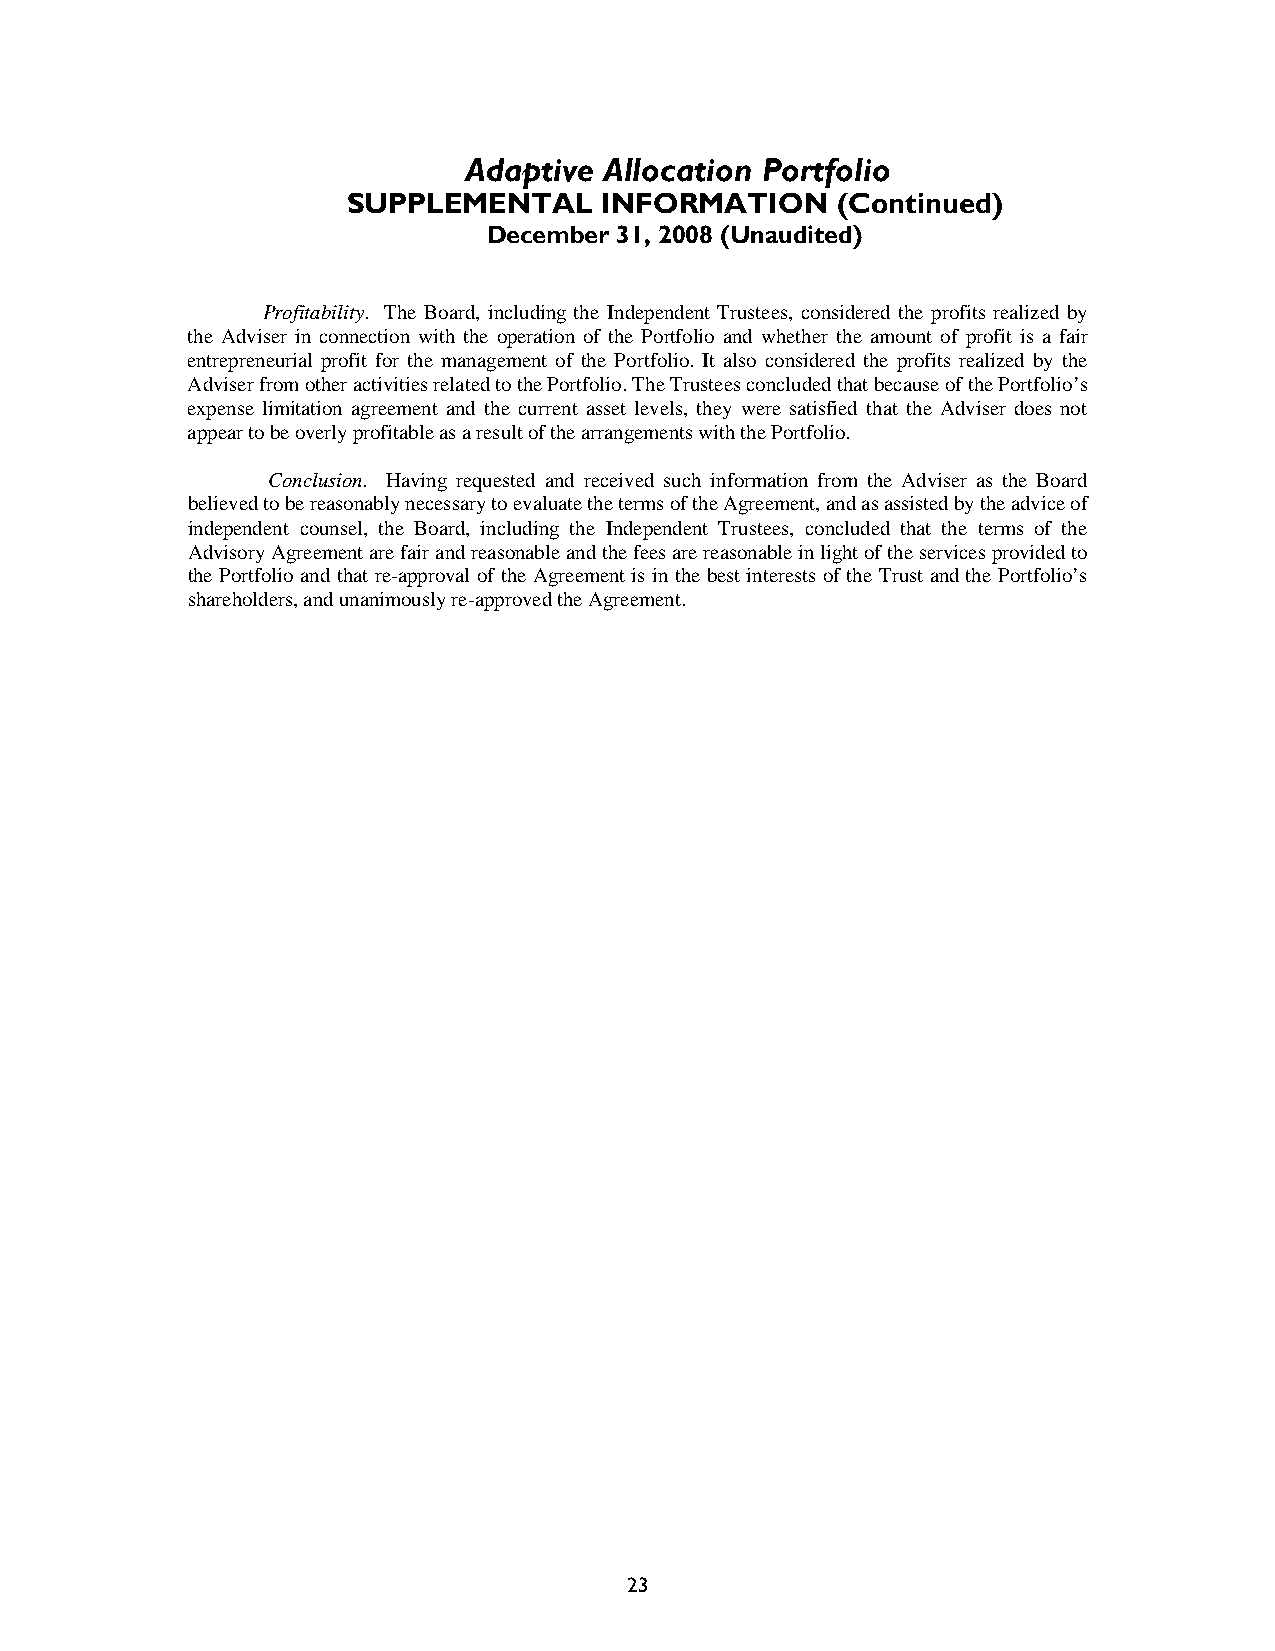
Adaptive Allocation Portfolio
 SUPPLEMENTAL     INFORMATION    (Continued)
 December 31, 2008 (Unaudited)
 Profitability. The Board, including the Independent Trustees, considered the profits realized by
 the Adviser in connection with the operation of the Portfolio and whether the amount of profit is a fair
 entrepreneurial profit for the management of the Portfolio. It also considered the profits realized by the
 Adviser from other activities related to the Portfolio. The Trustees concluded that because of the Portfolio’s
 expense limitation agreement and the current asset levels, they were satisfied that the Adviser does not
 appear to be overly profitable as a result of the arrangements with the Portfolio.
 Conclusion. Having requested and received such information from the Adviser as the Board
 believed to be reasonably necessary to evaluate the terms of the Agreement, and as assisted by the advice of
 independent counsel, the Board, including the Independent Trustees, concluded that the terms of the
 Advisory Agreement are fair and reasonable and the fees are reasonable in light of the services provided to
 the Portfolio and that re-approval of the Agreement is in the best interests of the Trust and the Portfolio’s
 shareholders, and unanimously re-approved the Agreement.
 23